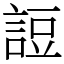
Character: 䛠